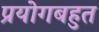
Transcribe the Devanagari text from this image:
प्रयोगबहुत